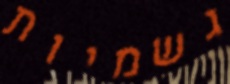
גשמיות